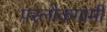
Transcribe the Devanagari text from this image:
परलोकगामी